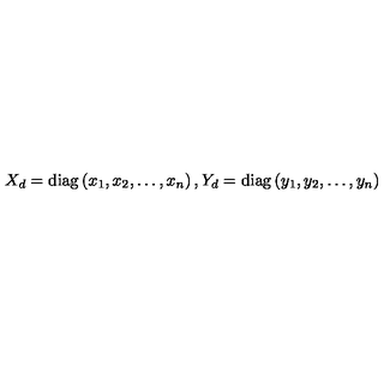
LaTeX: X _ { d } = \mathrm { d i a g } \left( x _ { 1 } , x _ { 2 } , \ldots , x _ { n } \right) , Y _ { d } = \mathrm { d i a g } \left( y _ { 1 } , y _ { 2 } , \ldots , y _ { n } \right)